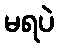
မရပဲ